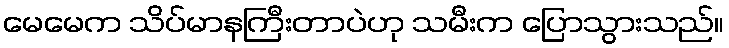
မေမေက သိပ်မာနကြီးတာပဲဟု သမီးက ပြောသွားသည်။